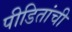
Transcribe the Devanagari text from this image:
पीडितांची